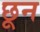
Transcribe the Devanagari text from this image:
छून